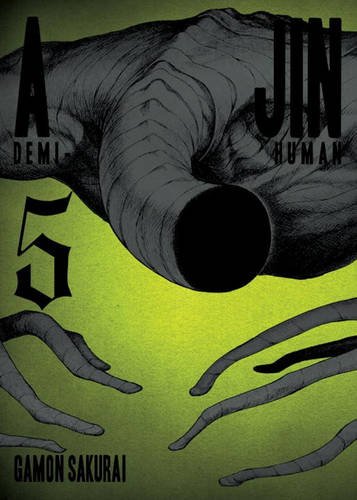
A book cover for Ajin, Volume 5: Demi-Human; Gamon Sakurai; Comics & Graphic Novels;